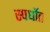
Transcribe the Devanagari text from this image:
स्पर्धाेत